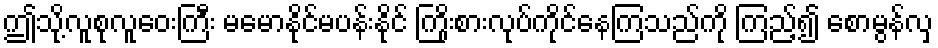
ဤသို့လူစုလူဝေးကြီး မမောနိုင်မပန်းနိုင် ကြိုးစားလုပ်ကိုင်နေကြသည်ကို ကြည့်၍ စောမွန်လှ